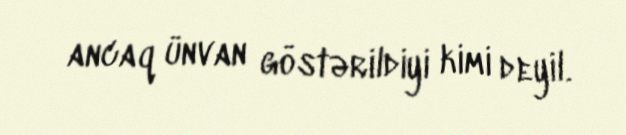
ancaq ünvan göstərildiyi kimi deyil.